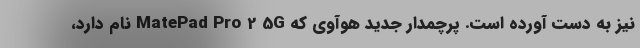
نیز به دست آورده است. پرچمدار جدید هوآوی که MatePad Pro 2 5G نام دارد،